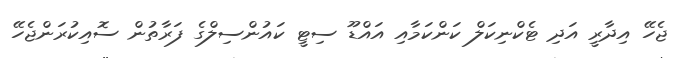
ޖެހޭ އިދާރީ އަދި ޓެކްނިކަލް ކަންކަމާއި އައްޑޫ ސިޓީ ކައުންސިލްގެ ފަރާތުން ސޮއިކުރަންޖެހޭ